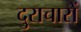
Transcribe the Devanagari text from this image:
दुराचारों